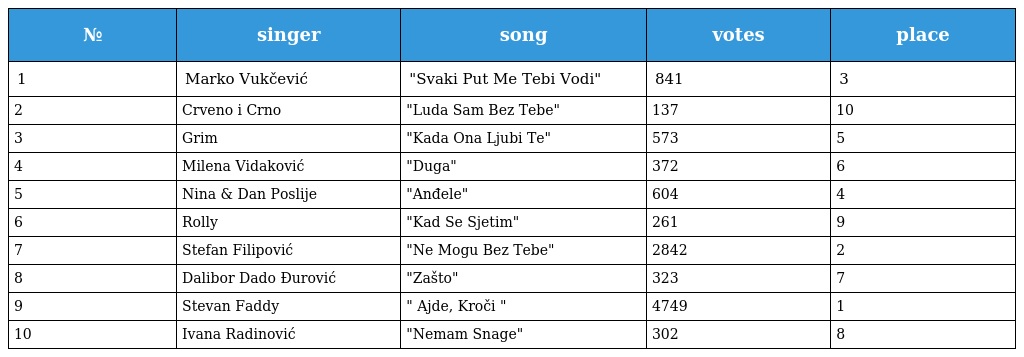
| № | singer | song | votes | place |
 | --- | --- | --- | --- | --- |
 | 1 | Marko Vukčević | "Svaki Put Me Tebi Vodi" | 841 | 3 |
 | 2 | Crveno i Crno | "Luda Sam Bez Tebe" | 137 | 10 |
 | 3 | Grim | "Kada Ona Ljubi Te" | 573 | 5 |
 | 4 | Milena Vidaković | "Duga" | 372 | 6 |
 | 5 | Nina & Dan Poslije | "Anđele" | 604 | 4 |
 | 6 | Rolly | "Kad Se Sjetim" | 261 | 9 |
 | 7 | Stefan Filipović | "Ne Mogu Bez Tebe" | 2842 | 2 |
 | 8 | Dalibor Dado Đurović | "Zašto" | 323 | 7 |
 | 9 | Stevan Faddy | " Ajde, Kroči " | 4749 | 1 |
 | 10 | Ivana Radinović | "Nemam Snage" | 302 | 8 |